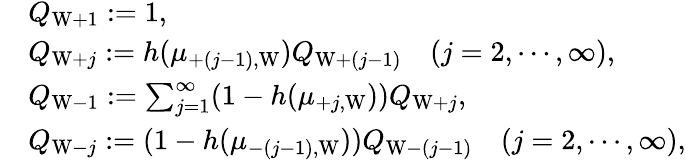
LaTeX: \begin{array}{rl}&{Q_{\mathrm{W}+1}:=1,}\\ &{Q_{\mathrm{W}+j}:=h(\mu_{+(j-1),\mathrm{W}})Q_{\mathrm{W}+(j-1)}\quad(j=2,\cdots,\infty),}\\ &{Q_{\mathrm{W}-1}:=\sum_{j=1}^{\infty}(1-h(\mu_{+j,\mathrm{W}}))Q_{\mathrm{W}+j},}\\ &{Q_{\mathrm{W}-j}:=(1-h(\mu_{-(j-1),\mathrm{W}}))Q_{\mathrm{W}-(j-1)}\quad(j=2,\cdots,\infty),}\end{array}